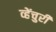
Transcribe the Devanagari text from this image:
व्हेंचुरी